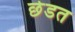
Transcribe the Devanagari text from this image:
छेडत